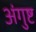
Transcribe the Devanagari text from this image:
अंगुष्ट